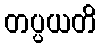
တပ္ပယတိ